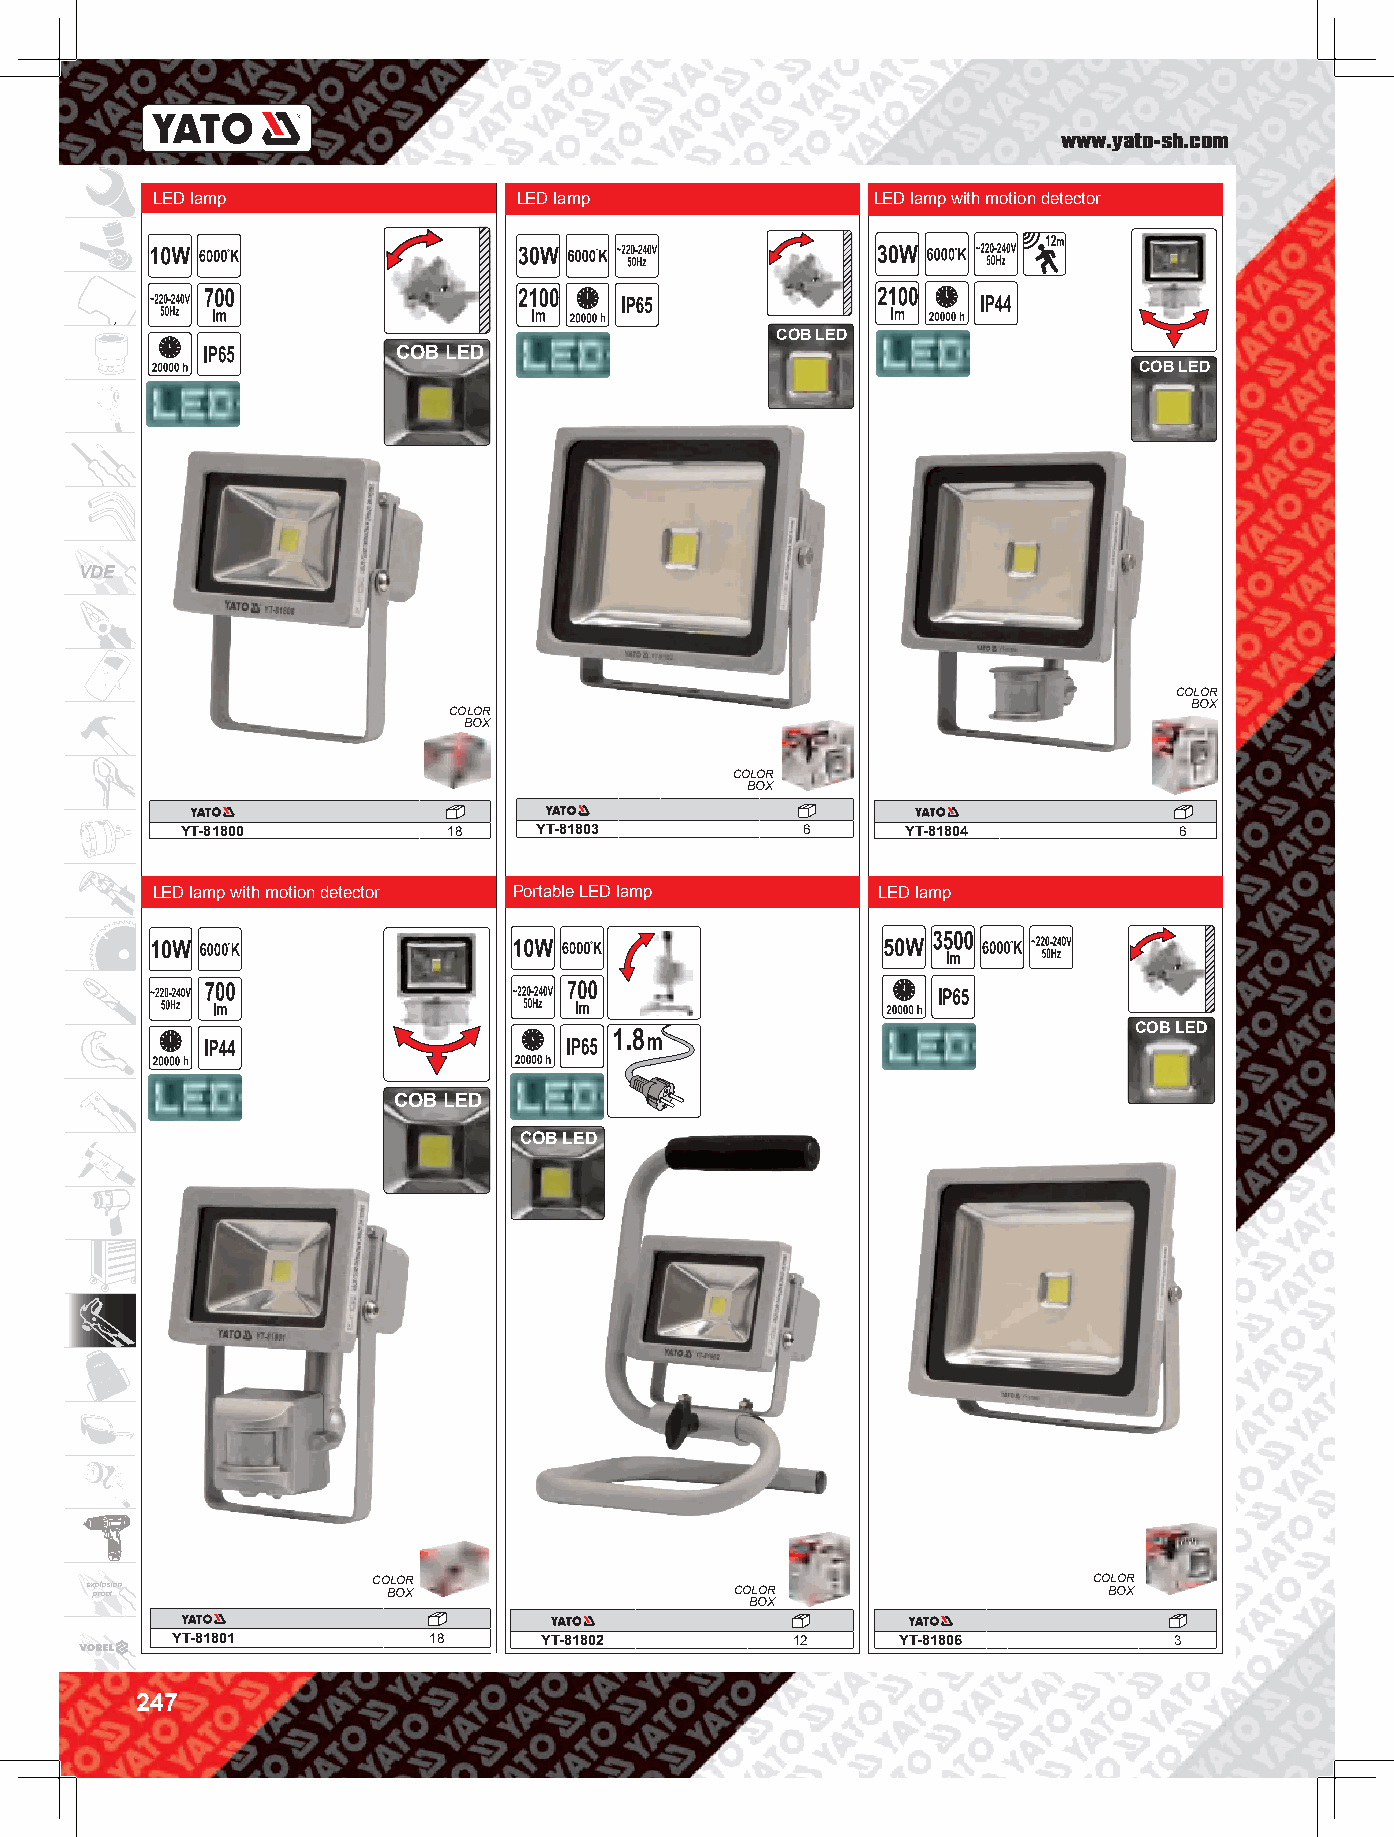
www.yato-sh.com
 LED lamp                LED lamp                LED lamp with motion detector
 COB LED
 COB LED
 COB LED
 VDE
 COLOR
 BOX
 COLOR
 BOX
 COLOR
 BOX
 YT-81800          18   YT-81803          6      YT-81804          6
 LED lamp with motion detector Portable LED lamp LED lamp
 COB LED
 COB LED
 COB LED
 e x pp rl oo os fion CO BL OOR X           CO BL OOR
 X
 CO BL OOR X
 YT-81801         18      YT-81802        12     YT-81806           3
 247